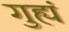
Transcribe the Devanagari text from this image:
गुह्यं